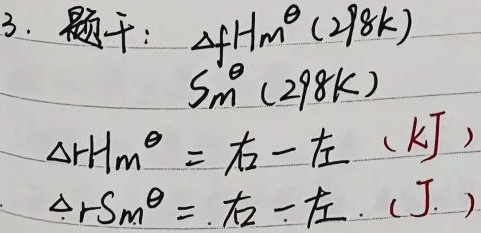
3. 题干：$\Delta_f H_m^{\theta}(298K)$，$S_m^{\theta}(298K)$，$\Delta_r H_m^{\theta}=$右$-$左（kJ），$\Delta_r S_m^{\theta}=$右$-$左（J）